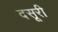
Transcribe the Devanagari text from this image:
दसूरी